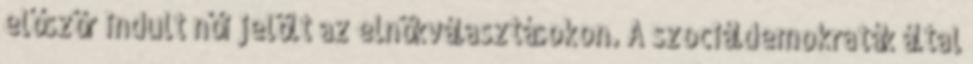
először indult női jelölt az elnökválasztásokon. A szociáldemokraták által